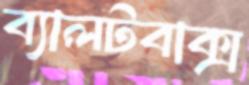
ব্যালটবাক্স